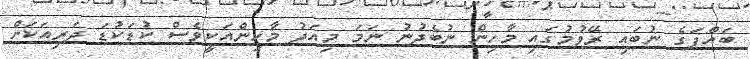
ބައްޕަގެ ނުބައި ރޭވުމުގައި މާހިން ނުބެދުނު ނަމަ މިއަދު މާހިންއަކީވެސް ކުޑަކުޑަ ދަރިއަކަށް